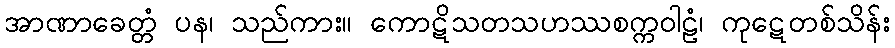
အာဏာခေတ္တံ ပန၊ သည်ကား။ ကောဋိသတသဟဿစက္ကဝါဠံ၊ ကုဋေတစ်သိန်း